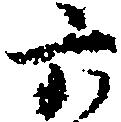
六